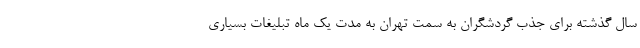
سال گذشته برای جذب گردشگران به سمت تهران به مدت یک ماه تبلیغات بسیاری